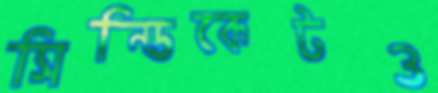
সিন্ডিকেটও